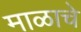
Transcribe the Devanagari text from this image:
माळाचे